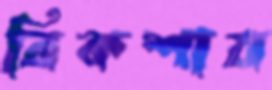
রিকশায়